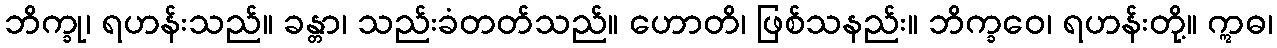
ဘိက္ခု၊ ရဟန်းသည်။ ခန္တာ၊ သည်းခံတတ်သည်။ ဟောတိ၊ ဖြစ်သနည်း။ ဘိက္ခဝေ၊ ရဟန်းတို့။ ဣဓ၊